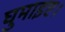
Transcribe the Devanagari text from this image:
घुमाइए।